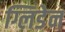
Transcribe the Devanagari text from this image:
ग्लिडेन